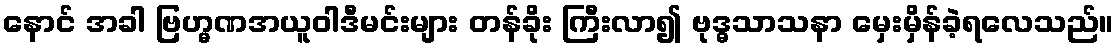
နောင် အခါ ဗြဟ္မဏအယူဝါဒီမင်းများ တန်ခိုး ကြီးလာ၍ ဗုဒ္ဓသာသနာ မှေးမှိန်ခဲ့ရလေသည်။